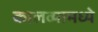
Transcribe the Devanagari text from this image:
कालव्यामध्ये